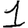
Digit: 1